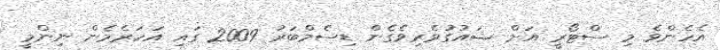
އެހެންވެ މި ސްޓޯރީ އަށް ޝައުގުވެރިވެގެން ޑިސެމްބަރު 2009 ގައި އަހަރެމެން ނިންމީ